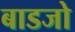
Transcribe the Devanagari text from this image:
बाडजो